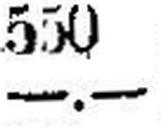
—.—